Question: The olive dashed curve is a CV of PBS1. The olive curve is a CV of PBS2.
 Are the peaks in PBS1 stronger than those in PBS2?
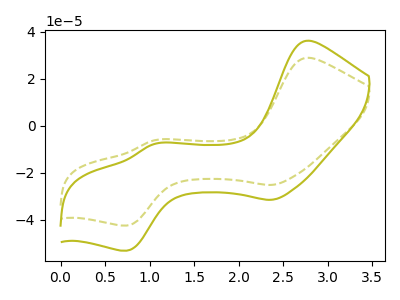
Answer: <think>The olive dashed curve "PBS1" has anodic peaks at (2.75V, 28.80uA) (1.05V, -6.15uA) and cathodic peaks at (2.35V, -25.10uA) (0.75V, -42.35uA). The olive curve "PBS2" has anodic peaks at (2.75V, 36.05uA) (1.05V, -7.70uA) and cathodic peaks at (2.35V, -31.45uA) (0.75V, -53.05uA).</think>
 <answer>The peaks in "PBS1" are neither all higher or all lower than the peaks in "PBS2".</answer>
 <eval>mixed</eval>